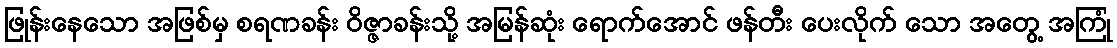
ဖြုန်းနေသော အဖြစ်မှ စရဏခန်း ဝိဇ္ဇာခန်းသို့ အမြန်ဆုံး ရောက်အောင် ဖန်တီး ပေးလိုက် သော အတွေ့ အကြုံ